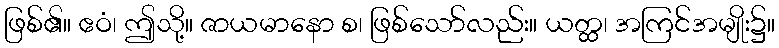
ဖြစ်၏။ ဧဝံ၊ ဤသို့။ ဇာယမာနော စ၊ ဖြစ်သော်လည်း။ ယတ္ထ၊ အကြင်အမျိုး၌။